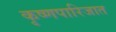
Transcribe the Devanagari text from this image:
कृष्णपारिजात